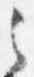
之